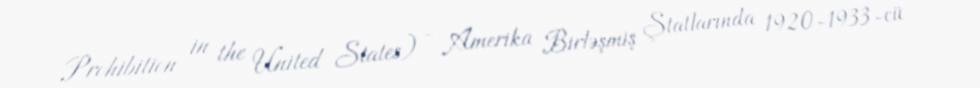
Prohibition in the United States) - Amerika Birləşmiş Ştatlarında 1920-1933-cü